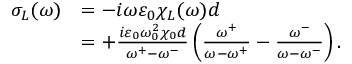
\begin{array} { r l } { \sigma _ { L } ( \omega ) } & { = - i \omega \varepsilon _ { 0 } \chi _ { L } ( \omega ) d } \\ & { = + \frac { i \varepsilon _ { 0 } \omega _ { 0 } ^ { 2 } \chi _ { 0 } d } { \omega ^ { + } - \omega ^ { - } } \left( \frac { \omega ^ { + } } { \omega - \omega ^ { + } } - \frac { \omega ^ { - } } { \omega - \omega ^ { - } } \right) . } \end{array}